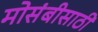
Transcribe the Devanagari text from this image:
मोसंबीसाठी